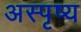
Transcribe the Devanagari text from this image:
अस्पृष्य